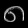
Digit: ၈